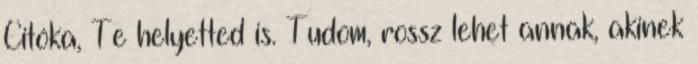
Citóka, Te helyetted is. Tudom, rossz lehet annak, akinek